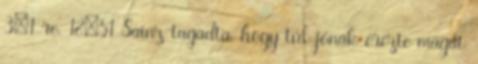
3–1-re. 18:51 Sainz tagadta, hogy túl jónak érezte magát